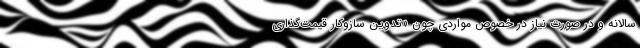
سالانه و در صورت نیاز در خصوص مواردی چون «تدوین سازوکار قیمت‌گذاری